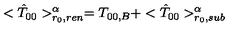
< { \hat { T } } _ { 0 0 } > _ { r _ { 0 } , r e n } ^ { \alpha } = T _ { 0 0 , B } + < { \hat { T } } _ { 0 0 } > _ { r _ { 0 } , s u b } ^ { \alpha }